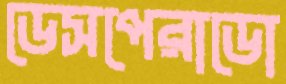
ডেসপেরাডো